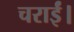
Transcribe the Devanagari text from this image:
चराईं।